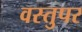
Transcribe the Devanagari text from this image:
वस्तुपर